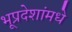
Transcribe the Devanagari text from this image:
भूप्रदेशांमधे